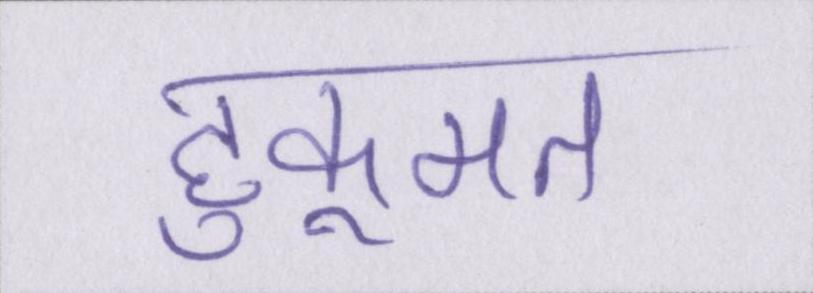
हुकूमत